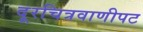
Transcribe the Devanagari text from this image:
दूरचित्रवाणीपट